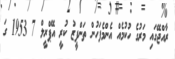
ރާއްޖޭގައި މަރުގެ ހުކުމެއް އެންމެފަހުން ތަންފީޒު ކުރީ އޭޕްރީލް 7 1953 ގަ